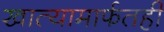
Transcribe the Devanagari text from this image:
खात्यामार्फतही